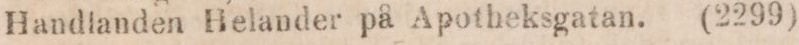
Handlanden Helander på Apotheksgatan.     (2299)